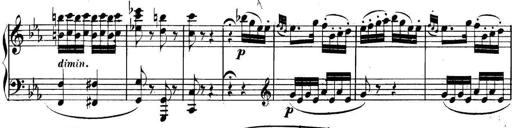
Title: Collected Piano Sonatas
Composer: Muzio Clementi